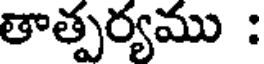
తాత్పర్యము :